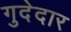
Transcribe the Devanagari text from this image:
गुदेदार